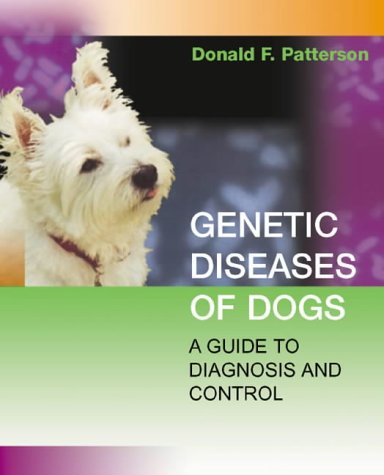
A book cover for Genetic Diseases of Dogs; Patterson Donald F.; Medical Books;